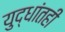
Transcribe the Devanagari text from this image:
युद्धांतही